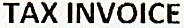
TAX INVOICE